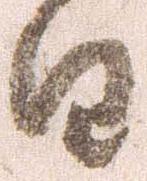
日